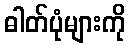
ဓါတ်ပုံများကို